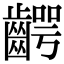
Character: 齶